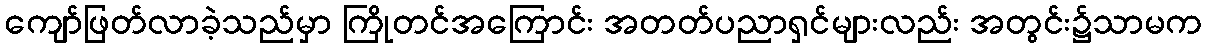
ကျော်ဖြတ်လာခဲ့သည်မှာ ကြိုတင်အကြောင်း အတတ်ပညာရှင်များလည်း အတွင်း၌သာမက